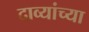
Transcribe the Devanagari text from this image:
दाव्यांच्या